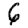
Digit: 6